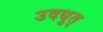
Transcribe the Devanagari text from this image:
उदधुत्